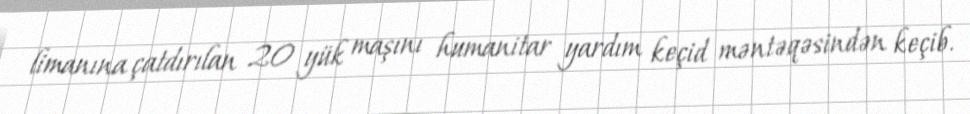
limanına çatdırılan 20 yük maşını humanitar yardım keçid məntəqəsindən keçib.